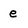
Character: e